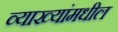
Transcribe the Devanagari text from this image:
व्याख्यांमधील